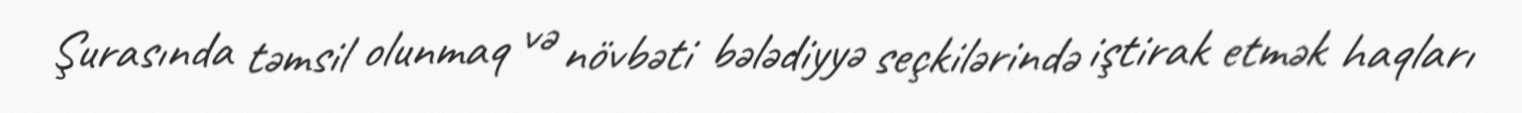
Şurasında təmsil olunmaq və növbəti bələdiyyə seçkilərində iştirak etmək haqları